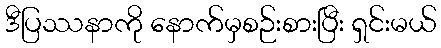
ဒီပြဿနာကို နောက်မှစဉ်းစားပြီး ရှင်းမယ်